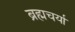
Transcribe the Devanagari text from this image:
ब्रह्मचर्या